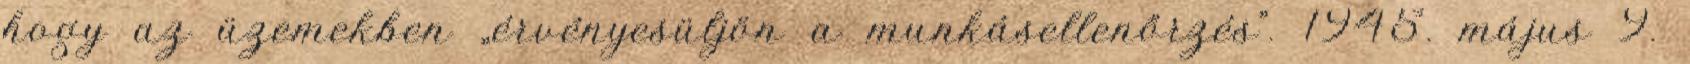
hogy az üzemekben „érvényesüljön a munkásellenőrzés”. 1945. május 9.